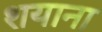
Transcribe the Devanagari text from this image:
शयाना